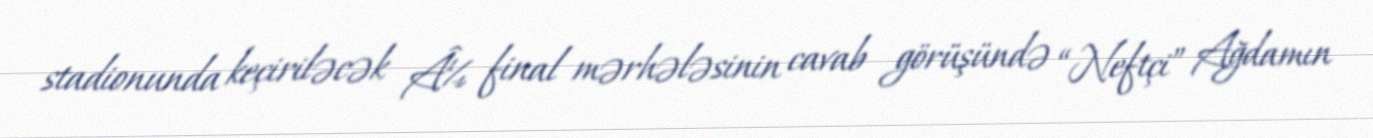
stadionunda keçiriləcək Â¼ final mərhələsinin cavab görüşündə “Neftçi” Ağdamın